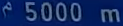
5000 m